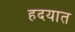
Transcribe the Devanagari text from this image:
हदयात